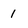
Character: 1